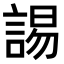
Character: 𧩎